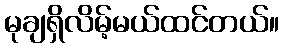
မုချရှိလိမ့်မယ်ထင်တယ်။